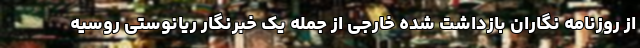
از روزنامه نگاران بازداشت شده خارجی از جمله یک خبرنگار ریانوستی روسیه